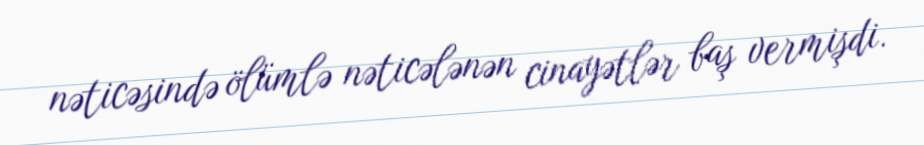
nəticəsində ölümlə nəticələnən cinayətlər baş vermişdi.